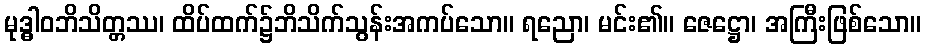
မုဒ္ဓါဝဘိသိတ္တဿ၊ ထိပ်ထက်၌ဘိသိက်သွန်းအကပ်သော။ ရညော၊ မင်း၏။ ဇေဋ္ဌော၊ အကြီးဖြစ်သော။